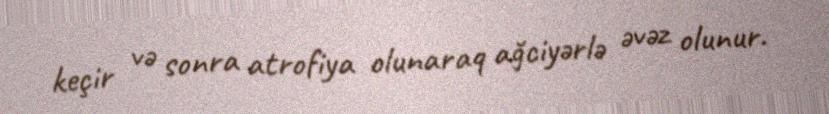
keçir və sonra atrofiya olunaraq ağciyərlə əvəz olunur.